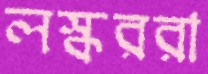
লস্কররা